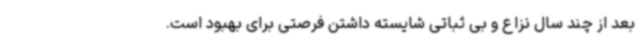
بعد از چند سال نزاع و بی ثباتی شایسته داشتن فرصتی برای بهبود است.